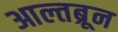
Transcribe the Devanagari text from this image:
आल्तब्रून